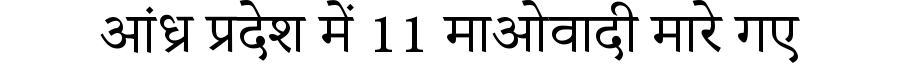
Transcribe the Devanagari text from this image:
आंध्र प्रदेश में 11 माओवादी मारे गए